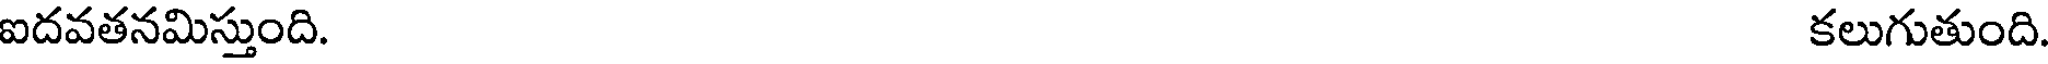
ఐదవతనమిస్తుంది. కలుగుతుంది